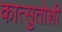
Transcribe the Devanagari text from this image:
कात्सुतोशी